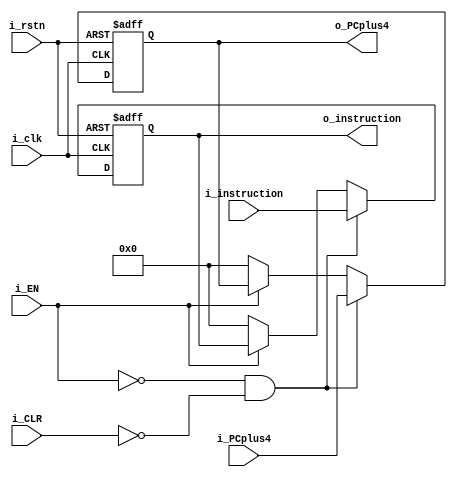
// `timescale 1ns / 1ps
module IF_ID(
    input i_clk, 
    input i_rstn, 
    input i_EN,
    input i_CLR,
    input [31:0] i_PCplus4, 
    input [31:0] i_instruction,
    output reg [31:0] o_PCplus4, 
    output reg [31:0] o_instruction
);
always @(posedge i_clk, negedge i_rstn) begin
    if(!i_rstn) begin
        o_PCplus4 <= 32'd0;
        o_instruction <= 32'd0;
        
    end
    else begin
        if(!i_EN && !i_CLR) begin
            o_PCplus4 <= i_PCplus4;
            o_instruction <= i_instruction;
         end
         else if(i_EN) begin
            //o_PCplus4 <= 32'd0;
            //o_instruction <= 32'd0;
            o_PCplus4 <= o_PCplus4;
            o_instruction <= o_instruction;
           
           
         end
         else begin
            //o_PCplus4 <= o_PCplus4;
            //o_instruction <= o_instruction;
             o_PCplus4 <= 32'd0;
            o_instruction <= 32'd0;
         end
       
    end
end
endmodule